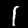
Label: 1